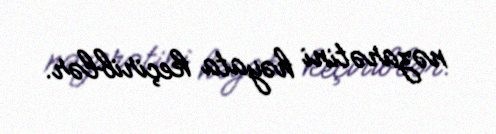
nəzarətini həyata keçiriblər.